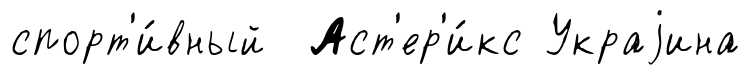
спорт'и́вный Аст'ер'и́кс Украjина